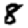
Digit: 8